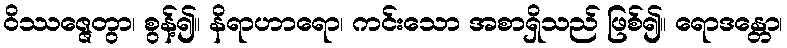
ဝိဿဇ္ဇေတွာ၊ စွန့်၍။ နိရာဟာရော၊ ကင်းသော အစာရှိသည် ဖြစ်၍။ ရောဒန္တော၊